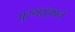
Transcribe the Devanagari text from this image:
पुरुषसूक्ताने